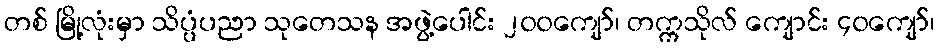
တစ် မြို့လုံးမှာ သိပ္ပံပညာ သုတေသန အဖွဲ့ပေါင်း ၂၀၀ကျော်၊ တက္ကသိုလ် ကျောင်း ၄၀ကျော်၊